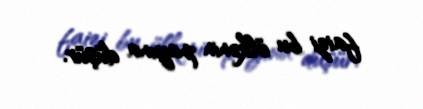
faizi bu ölkənin payına düşür.